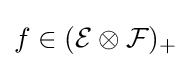
f\in ({\cal {E}}\otimes {\cal {F}})_{+}